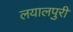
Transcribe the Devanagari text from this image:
लयालपुरी